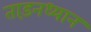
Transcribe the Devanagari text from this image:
ताड़नध्यान